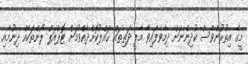
މީގެ އިތުރުންވެސް ކުދިންނަށް ދިމާވެފައިވާ މާލީ ދަތިތައް ޙައްލުކޮށްދެއްވުމަށް ޓޮޕްއަޕް ލޯންތަކެއް ދިނުމާއި